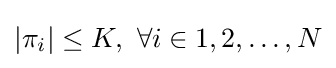
|\pi _{i}|\leq K,~\forall i\in 1,2,\dots ,N